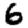
Digit: 6